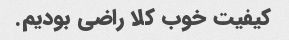
کیفیت خوب کلا راضی بودیم.